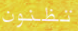
تظنون